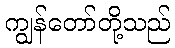
ကျွန်တော်တို့သည်